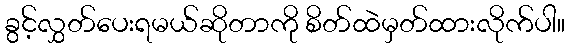
ခွင့်လွှတ်ပေးရမယ်ဆိုတာကို စိတ်ထဲမှတ်ထားလိုက်ပါ။